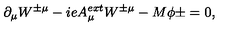
\partial _ { \mu } W ^ { \pm \mu } - i e A _ { \mu } ^ { e x t } W ^ { \pm \mu } - M \phi { \pm } = 0 ,